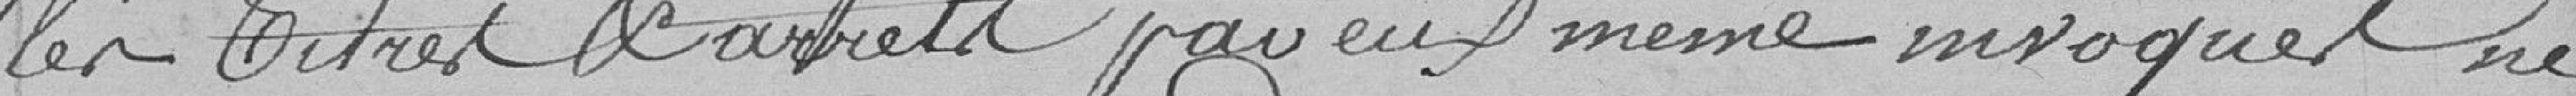
les titres et arrêtés par eux même invoqués ne